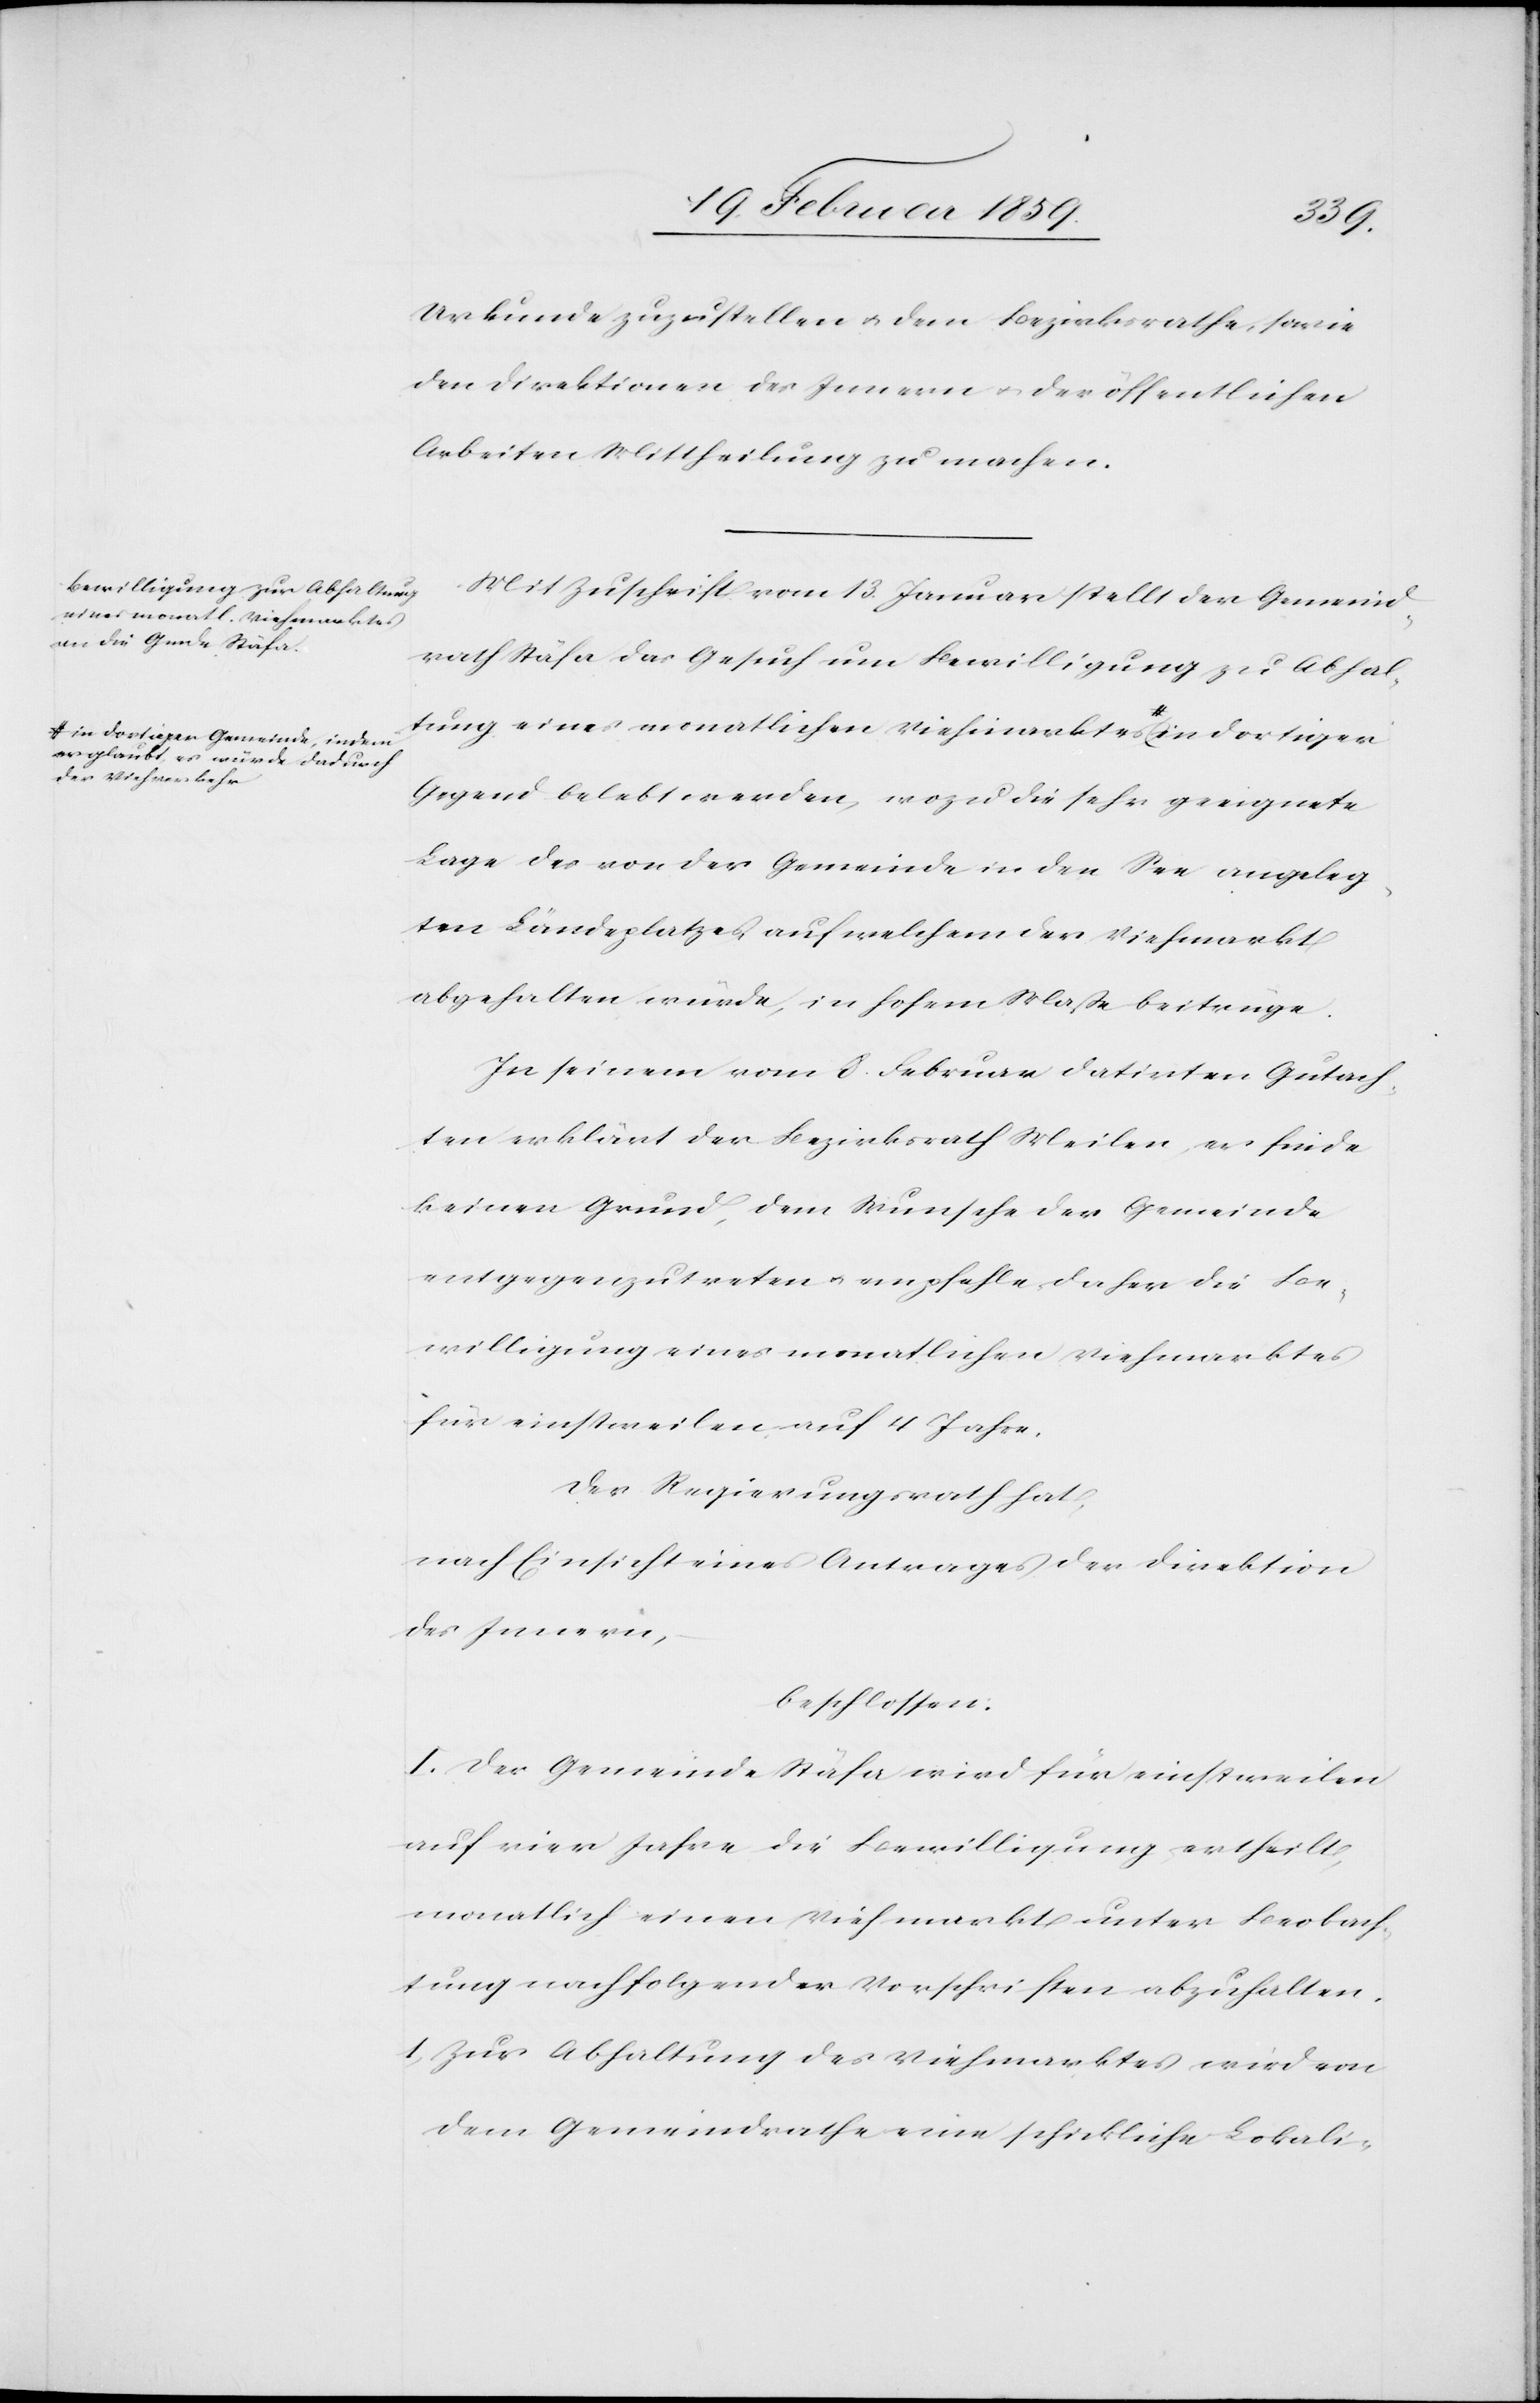
er glaubt, es würde dadurch
der Viehverkehr

Urkunde zuzustellen u. dem Bezirksrathe, sowie
den Direktionen des Innern u. der öffentlichen
Arbeiten Mittheilung zu machen.
Mit Zuschrift vom 13. Januar stellt der Gemeind¬
rath Stäfa das Gesuch um Bewilligung zu Abhal¬
tung eines monatlichen Viehmarktes in dortiger
Gegend belebt werden, wozu die sehr geeignete
Lage des von der Gemeinde in den See angeleg¬
ten Ländeplatzes, auf welchem der Viehmarkt
abgehalten würde, in hohem Maße beitrüge.
In seinem vom 8. Februar datirten Gutach¬
ten erklärt der Bezirksrath Meilen er finde
keinen Grund, dem Wunsche der Gemeinde
entgegenzutreten u. empfehle daher die Be¬
willigung eines monatlichen Viehmarktes
für einstweilen auf 4 Jahre.
Der Regierungsrath hat,
nach Einsicht eines Antrages der Direktion
des Innern,
beschlossen:
I. Der Gemeinde Stäfa wird für einstweilen
auf vier Jahre die Bewilligung ertheilt,
monatlich einen Viehmarkt unter Beobach¬
tung nachfolgender Vorschriften abzuhalten.
1) Zur Abhaltung des Viehmarktes wird von
dem Gemeindrathe eine schickliche Lokali-